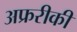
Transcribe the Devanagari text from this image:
अफ्ररीकी